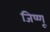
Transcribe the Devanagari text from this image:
जिष्णू